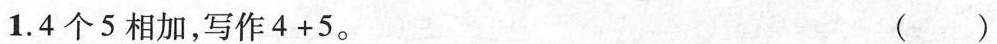
1.4个5相加，写作$$4 + 5$$。 ( )